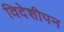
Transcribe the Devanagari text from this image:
विदेशीपन